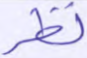
نظر